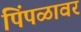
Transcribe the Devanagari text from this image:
पिंपळावर